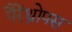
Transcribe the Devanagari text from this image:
पैरेंथ्रोपस